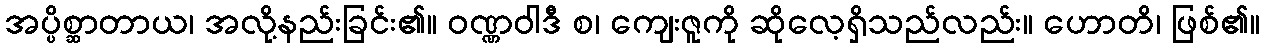
အပ္ပိစ္ဆာတာယ၊ အလို့နည်းခြင်း၏။ ဝဏ္ဏဝါဒီ စ၊ ကျေးဇူကို ဆိုလေ့ရှိသည်လည်း။ ဟောတိ၊ ဖြစ်၏။